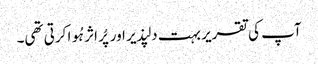
آپ کی تقریر بہت دلپذیر اور پُر اثر ہُوا کرتی تھی۔